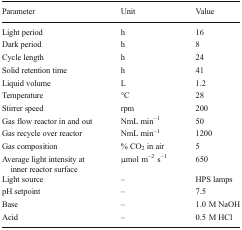
<table><thead><tr><td><b>Parameter</b></td><td><b>Unit</b></td><td><b>Value</b></td></tr></thead><tbody><tr><td>Light period</td><td>h</td><td>16</td></tr><tr><td>Dark period</td><td>h</td><td>8</td></tr><tr><td>Cycle length</td><td>h</td><td>24</td></tr><tr><td>Solid retention time</td><td>h</td><td>41</td></tr><tr><td>Liquid volume</td><td>L</td><td>1.2</td></tr><tr><td>Temperature</td><td>°C</td><td>28</td></tr><tr><td>Stirrer speed</td><td>rpm</td><td>200</td></tr><tr><td>Gas flow reactor in and out</td><td>NmL min<sup>−1</sup></td><td>50</td></tr><tr><td>Gas recycle over reactor</td><td>NmL min<sup>−1</sup></td><td>1200</td></tr><tr><td>Gas composition</td><td>% CO<sub>2</sub> in air</td><td>5</td></tr><tr><td>Average light intensity at inner reactor surface</td><td>μmol m<sup>−2</sup> s<sup>−1</sup></td><td>650</td></tr><tr><td>Light source</td><td>–</td><td>HPS lamps</td></tr><tr><td>pH setpoint</td><td>–</td><td>7.5</td></tr><tr><td>Base</td><td>–</td><td>1.0 M NaOH</td></tr><tr><td>Acid</td><td>–</td><td>0.5 M HCl</td></tr></tbody></table>